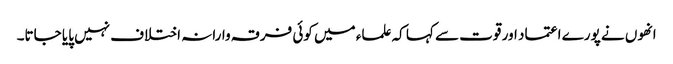
انھوں نے پورے اعتماد اور قوت سے کہا کہ علماء میں کوئی فرقہ وارانہ اختلاف نہیں پایا جاتا۔